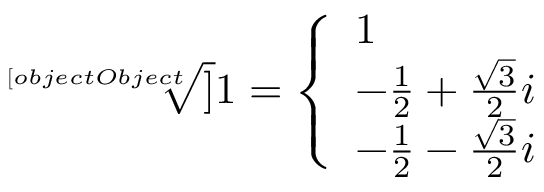
{ \sqrt [ [object Object] ] { 1 } } = { \left\{ \begin{array} { l l } { 1 } \\ { - { \frac { 1 } { 2 } } + { \frac { \sqrt { 3 } } { 2 } } i } \\ { - { \frac { 1 } { 2 } } - { \frac { \sqrt { 3 } } { 2 } } i } \end{array} \right. }